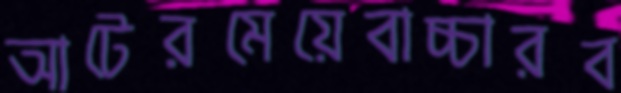
আটেরমেয়েবাচ্চারব